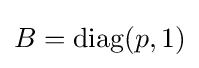
B={\text{diag}}(p,1)